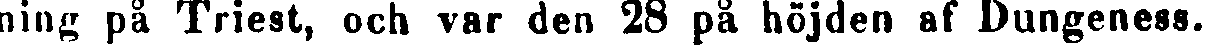
ning på Triest, och var den 28 på höjden af Dungeness.